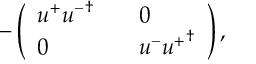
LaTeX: - \left( \begin{array} { l l l } { { u ^ { + } { u ^ { - } } ^ { \dagger } } } & { { } } & { { 0 } } \\ { { 0 } } & { { } } & { { u ^ { - } { u ^ { + } } ^ { \dagger } } } \end{array} \right) ,